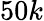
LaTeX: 50k